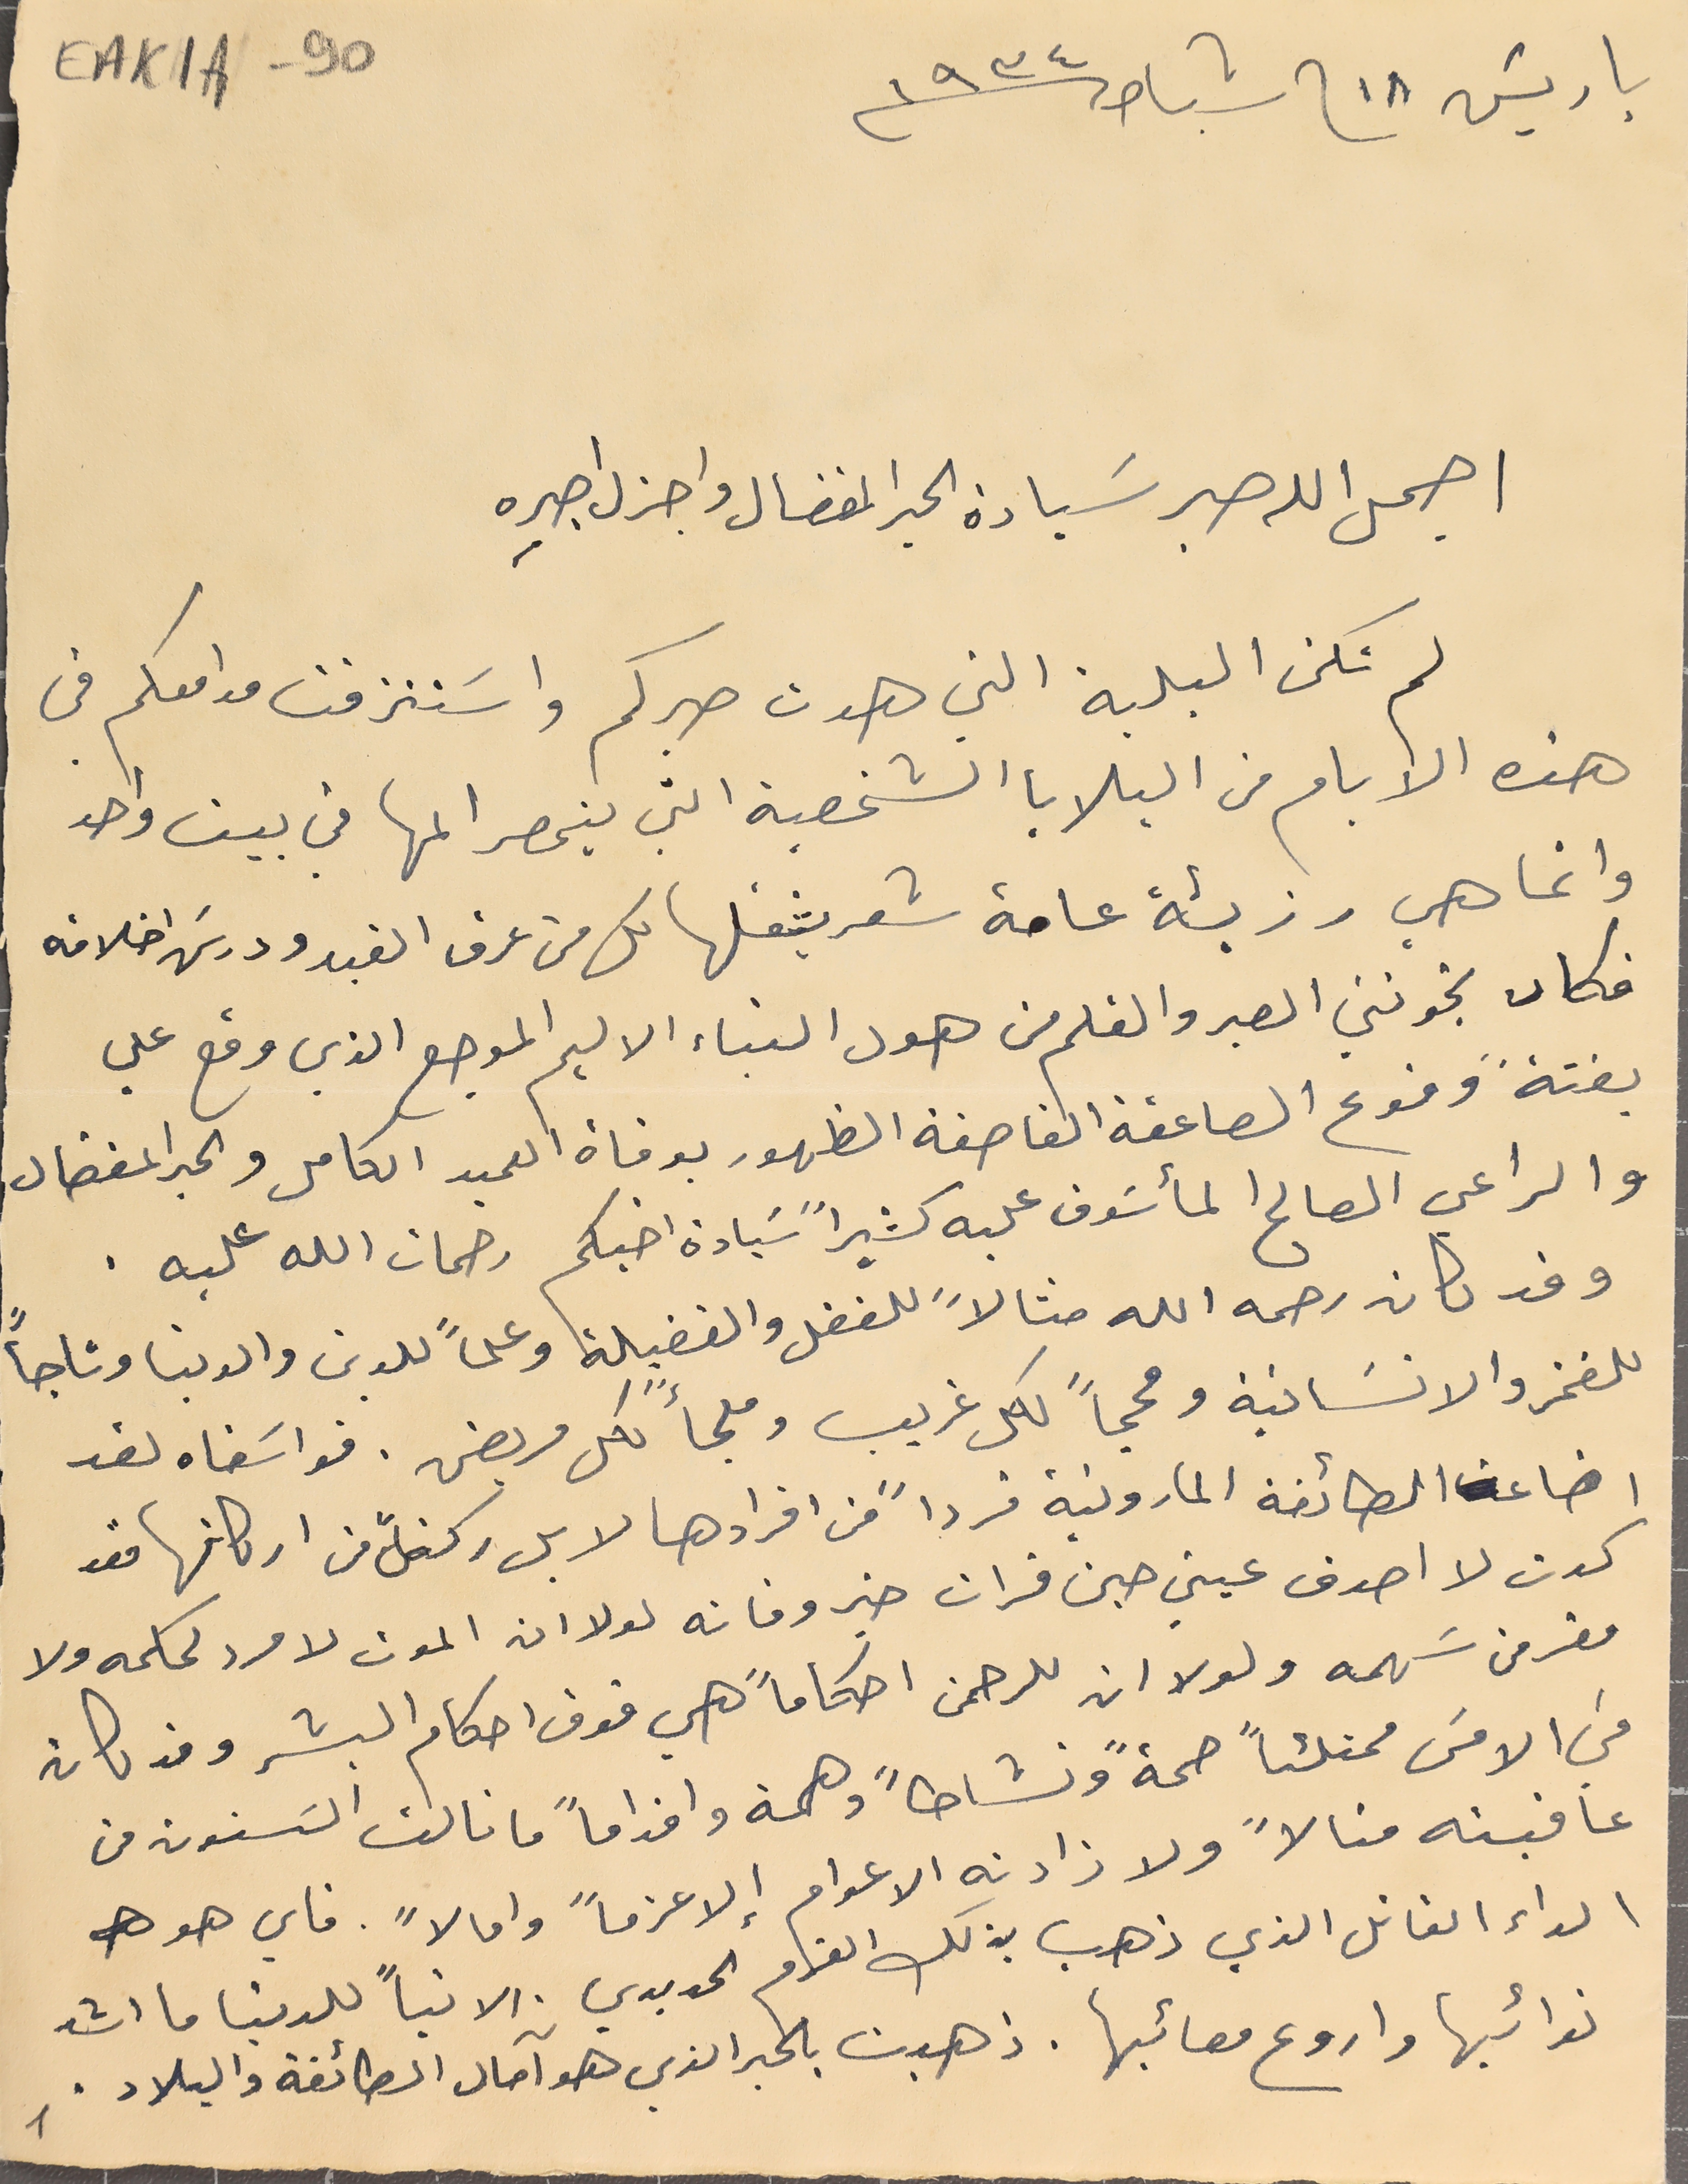
باريسَ ١٨ فى شباط سنة ١٩٣٤
 اجمل الله صبر سَيادة الحبر المفضال واجزل اجرِه
 لم تكن البلية التي هدت صبركم واسَتنزفت مدامعكم في
هذه الايام من البلايا الشخصية التي ينحصر المها في بيت واحد
 وانما هي رزيئة عامة شعر بثقلها كل من عرف الفيد ودرسَ اخلاقه
فكان يخونني الصبر والقلم من هول النباء الاليم الموجع الذي وقع علي
بغتةً وقوع الصاعقة القاصفة الظهور بوفاة العميد الكامل والحبر المفضال
 والراعي الصالح المأسَوف عليه كثيراً سَيادة اخيكم رحمات الله عليه.
 وقد كان رحمه الله مثالاً للفضل والفضيلة وعلماً للدين والدنيا وتاجاً
للفخر والانسَانية ومحجاً لكل غريب وملجأً لكل مريض. فواسَفاه لقد
 اضاعت الطائفة المارونية فرداً من افرادها لا بل ركناً من اركانها فقد
 كدت لا اصدق عيني حين قرات خبر وفاته لولا ان الموت لا مرد لحكمه ولا
 مفر من سَهمه ولولا ان للرحمن احكاماً هي فوق احكام البشر وقد كان
في الامسَ ممتلئاً صحةً ونشاطاً وهمة واقداماً ما نالت السَنون من
 عافيته منالاً ولا زادته الاعوام إلا عزماً وامالا". فاي هو
 الداء القاتل الذي ذهب بذلك العزم الحديدي . الا تباً للدنيا ما اشد
 نوائبها واروع مصائبها. ذهبت بالحبر الذي هو آمال الطائفة والبلاد.
EAK1A-90
1